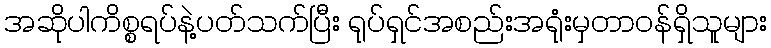
အဆိုပါကိစ္စရပ်နဲ့ပတ်သက်ပြီး ရုပ်ရှင်အစည်းအရုံးမှတာဝန်ရှိသူများ